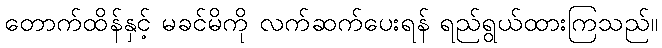
တောက်ထိန်နှင့် မခင်မိကို လက်ဆက်ပေးရန် ရည်ရွယ်ထားကြသည်။